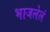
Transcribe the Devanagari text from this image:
भाजलेलं